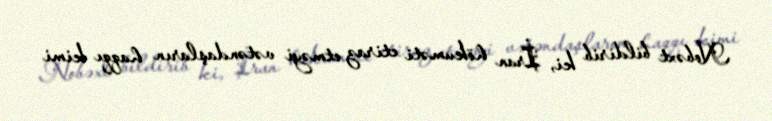
Nobəxt bildirib ki, İran hökuməti etiraz etməyi vətəndaşların haqqı kimi